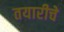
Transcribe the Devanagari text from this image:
तयारीचे